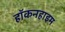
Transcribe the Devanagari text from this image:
हॉकनहाइम